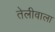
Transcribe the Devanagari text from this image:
तेलीवाला